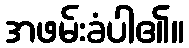
အဖမ်းခံပါ၏။